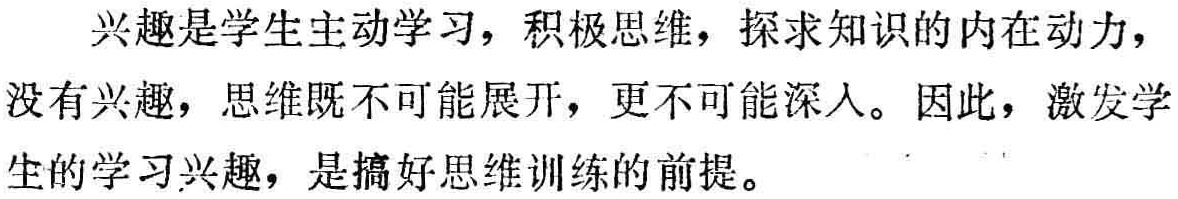
兴趣是学生主动学习，积极思维，探求知识的内在动力，没有兴趣，思维既不可能展开，更不可能深入。因此，激发学生的学习兴趣，是搞好思维训练的前提。